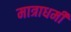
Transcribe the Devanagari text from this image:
मात्राधर्मी